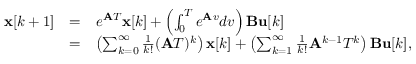
{ \begin{array} { l l l } { \mathbf { x } [ k + 1 ] } & { = } & { e ^ { { \mathbf { A } } T } \mathbf { x } [ k ] + \left( \int _ { 0 } ^ { T } e ^ { { \mathbf { A } } v } d v \right) \mathbf { B } \mathbf { u } [ k ] } \\ & { = } & { \left( \sum _ { k = 0 } ^ { \infty } { \frac { 1 } { k ! } } ( { \mathbf { A } } T ) ^ { k } \right) \mathbf { x } [ k ] + \left( \sum _ { k = 1 } ^ { \infty } { \frac { 1 } { k ! } } { \mathbf { A } } ^ { k - 1 } T ^ { k } \right) \mathbf { B } \mathbf { u } [ k ] , } \end{array} }